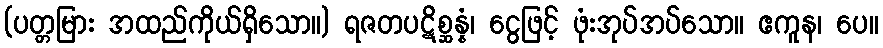
(ပတ္တမြား အထည်ကိုယ်ရှိသော။) ရဇတပဋိစ္ဆန္နံ၊ ငွေဖြင့် ဖုံးအုပ်အပ်သော။ ဧကူန၊ ပေ။